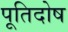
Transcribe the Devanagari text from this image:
पूतिदोष